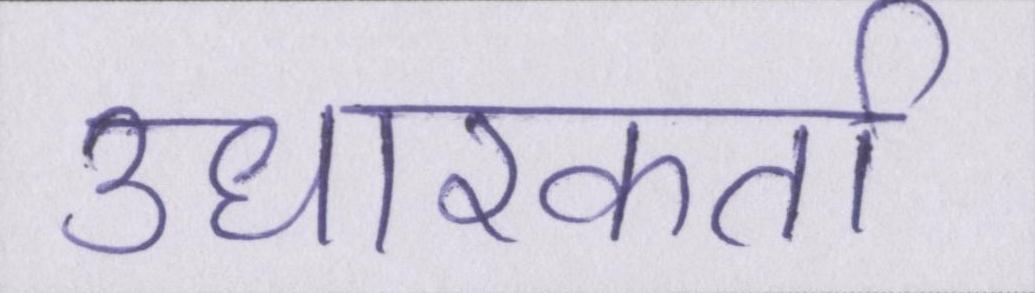
उधारकर्ता